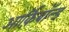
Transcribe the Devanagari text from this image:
आर्क़िबाॅल्ड